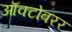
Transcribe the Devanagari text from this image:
ऑक्टोबरर